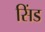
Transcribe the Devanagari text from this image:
सिंड